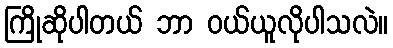
ကြိုဆိုပါတယ် ဘာ ဝယ်ယူလိုပါသလဲ။